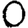
Digit: 0